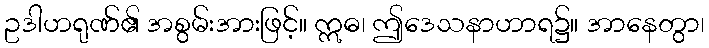
ဥဒါဟရုဏ်၏ အစွမ်းအားဖြင့်။ ဣဓ၊ ဤဒေသနာဟာရ၌။ အာနေတွာ၊